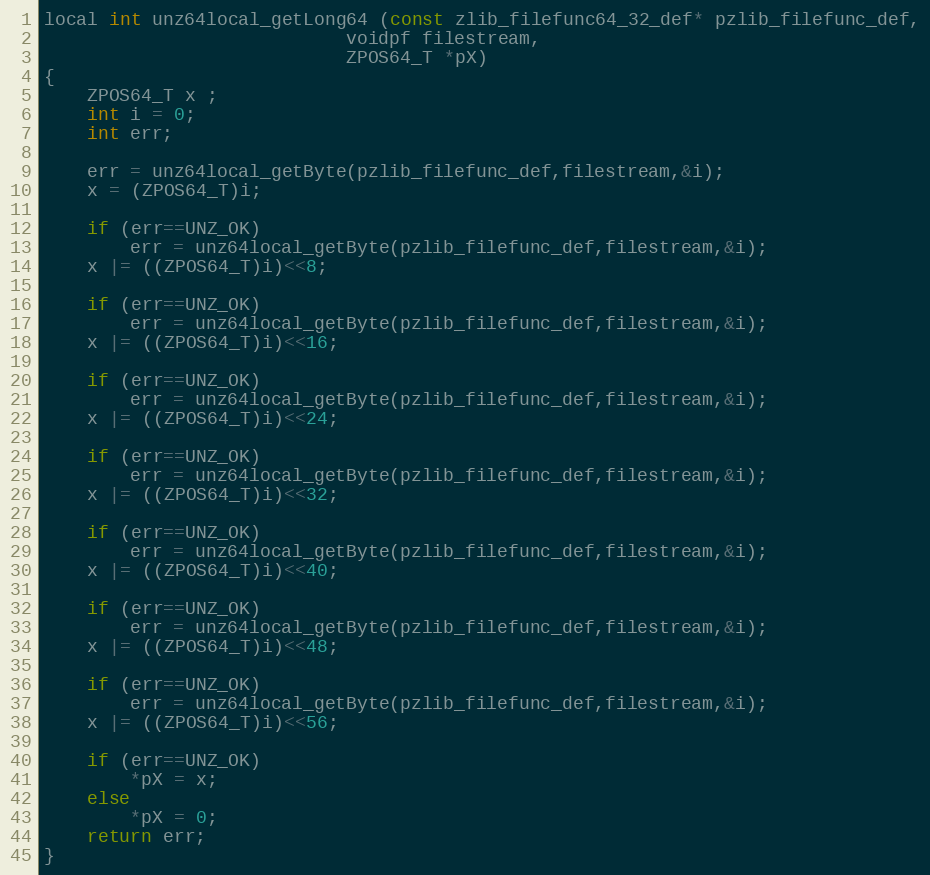
Language: C
local int unz64local_getLong64 (const zlib_filefunc64_32_def* pzlib_filefunc_def,
                            voidpf filestream,
                            ZPOS64_T *pX)
{
    ZPOS64_T x ;
    int i = 0;
    int err;

    err = unz64local_getByte(pzlib_filefunc_def,filestream,&i);
    x = (ZPOS64_T)i;

    if (err==UNZ_OK)
        err = unz64local_getByte(pzlib_filefunc_def,filestream,&i);
    x |= ((ZPOS64_T)i)<<8;

    if (err==UNZ_OK)
        err = unz64local_getByte(pzlib_filefunc_def,filestream,&i);
    x |= ((ZPOS64_T)i)<<16;

    if (err==UNZ_OK)
        err = unz64local_getByte(pzlib_filefunc_def,filestream,&i);
    x |= ((ZPOS64_T)i)<<24;

    if (err==UNZ_OK)
        err = unz64local_getByte(pzlib_filefunc_def,filestream,&i);
    x |= ((ZPOS64_T)i)<<32;

    if (err==UNZ_OK)
        err = unz64local_getByte(pzlib_filefunc_def,filestream,&i);
    x |= ((ZPOS64_T)i)<<40;

    if (err==UNZ_OK)
        err = unz64local_getByte(pzlib_filefunc_def,filestream,&i);
    x |= ((ZPOS64_T)i)<<48;

    if (err==UNZ_OK)
        err = unz64local_getByte(pzlib_filefunc_def,filestream,&i);
    x |= ((ZPOS64_T)i)<<56;

    if (err==UNZ_OK)
        *pX = x;
    else
        *pX = 0;
    return err;
}